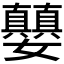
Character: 𪦵